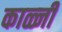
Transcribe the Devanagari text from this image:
काळ्जी